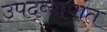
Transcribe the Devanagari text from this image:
उपद्व्यापात